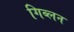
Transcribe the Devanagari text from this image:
गिब्लन